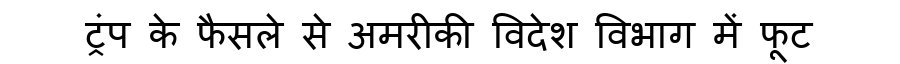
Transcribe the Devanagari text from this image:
ट्रंप के फैसले से अमरीकी विदेश विभाग में फूट